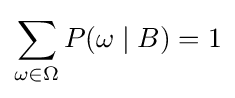
\sum _{\omega \in \Omega }{P(\omega \mid B)}=1